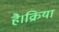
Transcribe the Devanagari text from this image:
है।क्रिया